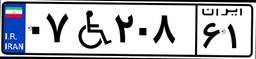
۰۷W۲۰۸۶۱